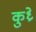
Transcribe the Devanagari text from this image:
कुध्रे